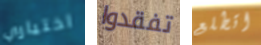
اختياري تفقدوا اتطلع